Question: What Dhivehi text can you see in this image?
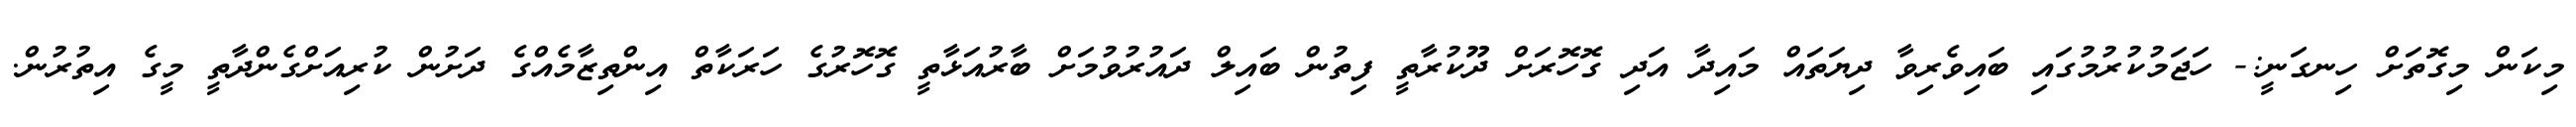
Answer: މިކަން މިގޮތަށް ހިނގަނީ:- ހަޖަމުކުރުމުގައި ބައިވެރިވާ ދިޔަތައް މައިދާ އަދި ގޮހޮރަށް ދޫކުރާތީ ފިތުން ބައިލް ދައުރުވުމަށް ބާރުއަޅާތީ ގޮހޮރުގެ ހަރަކާތް އިންތިޒާމެއްގެ ދަށުން ކުރިއަށްގެންދާތީ މީގެ އިތުރުން.